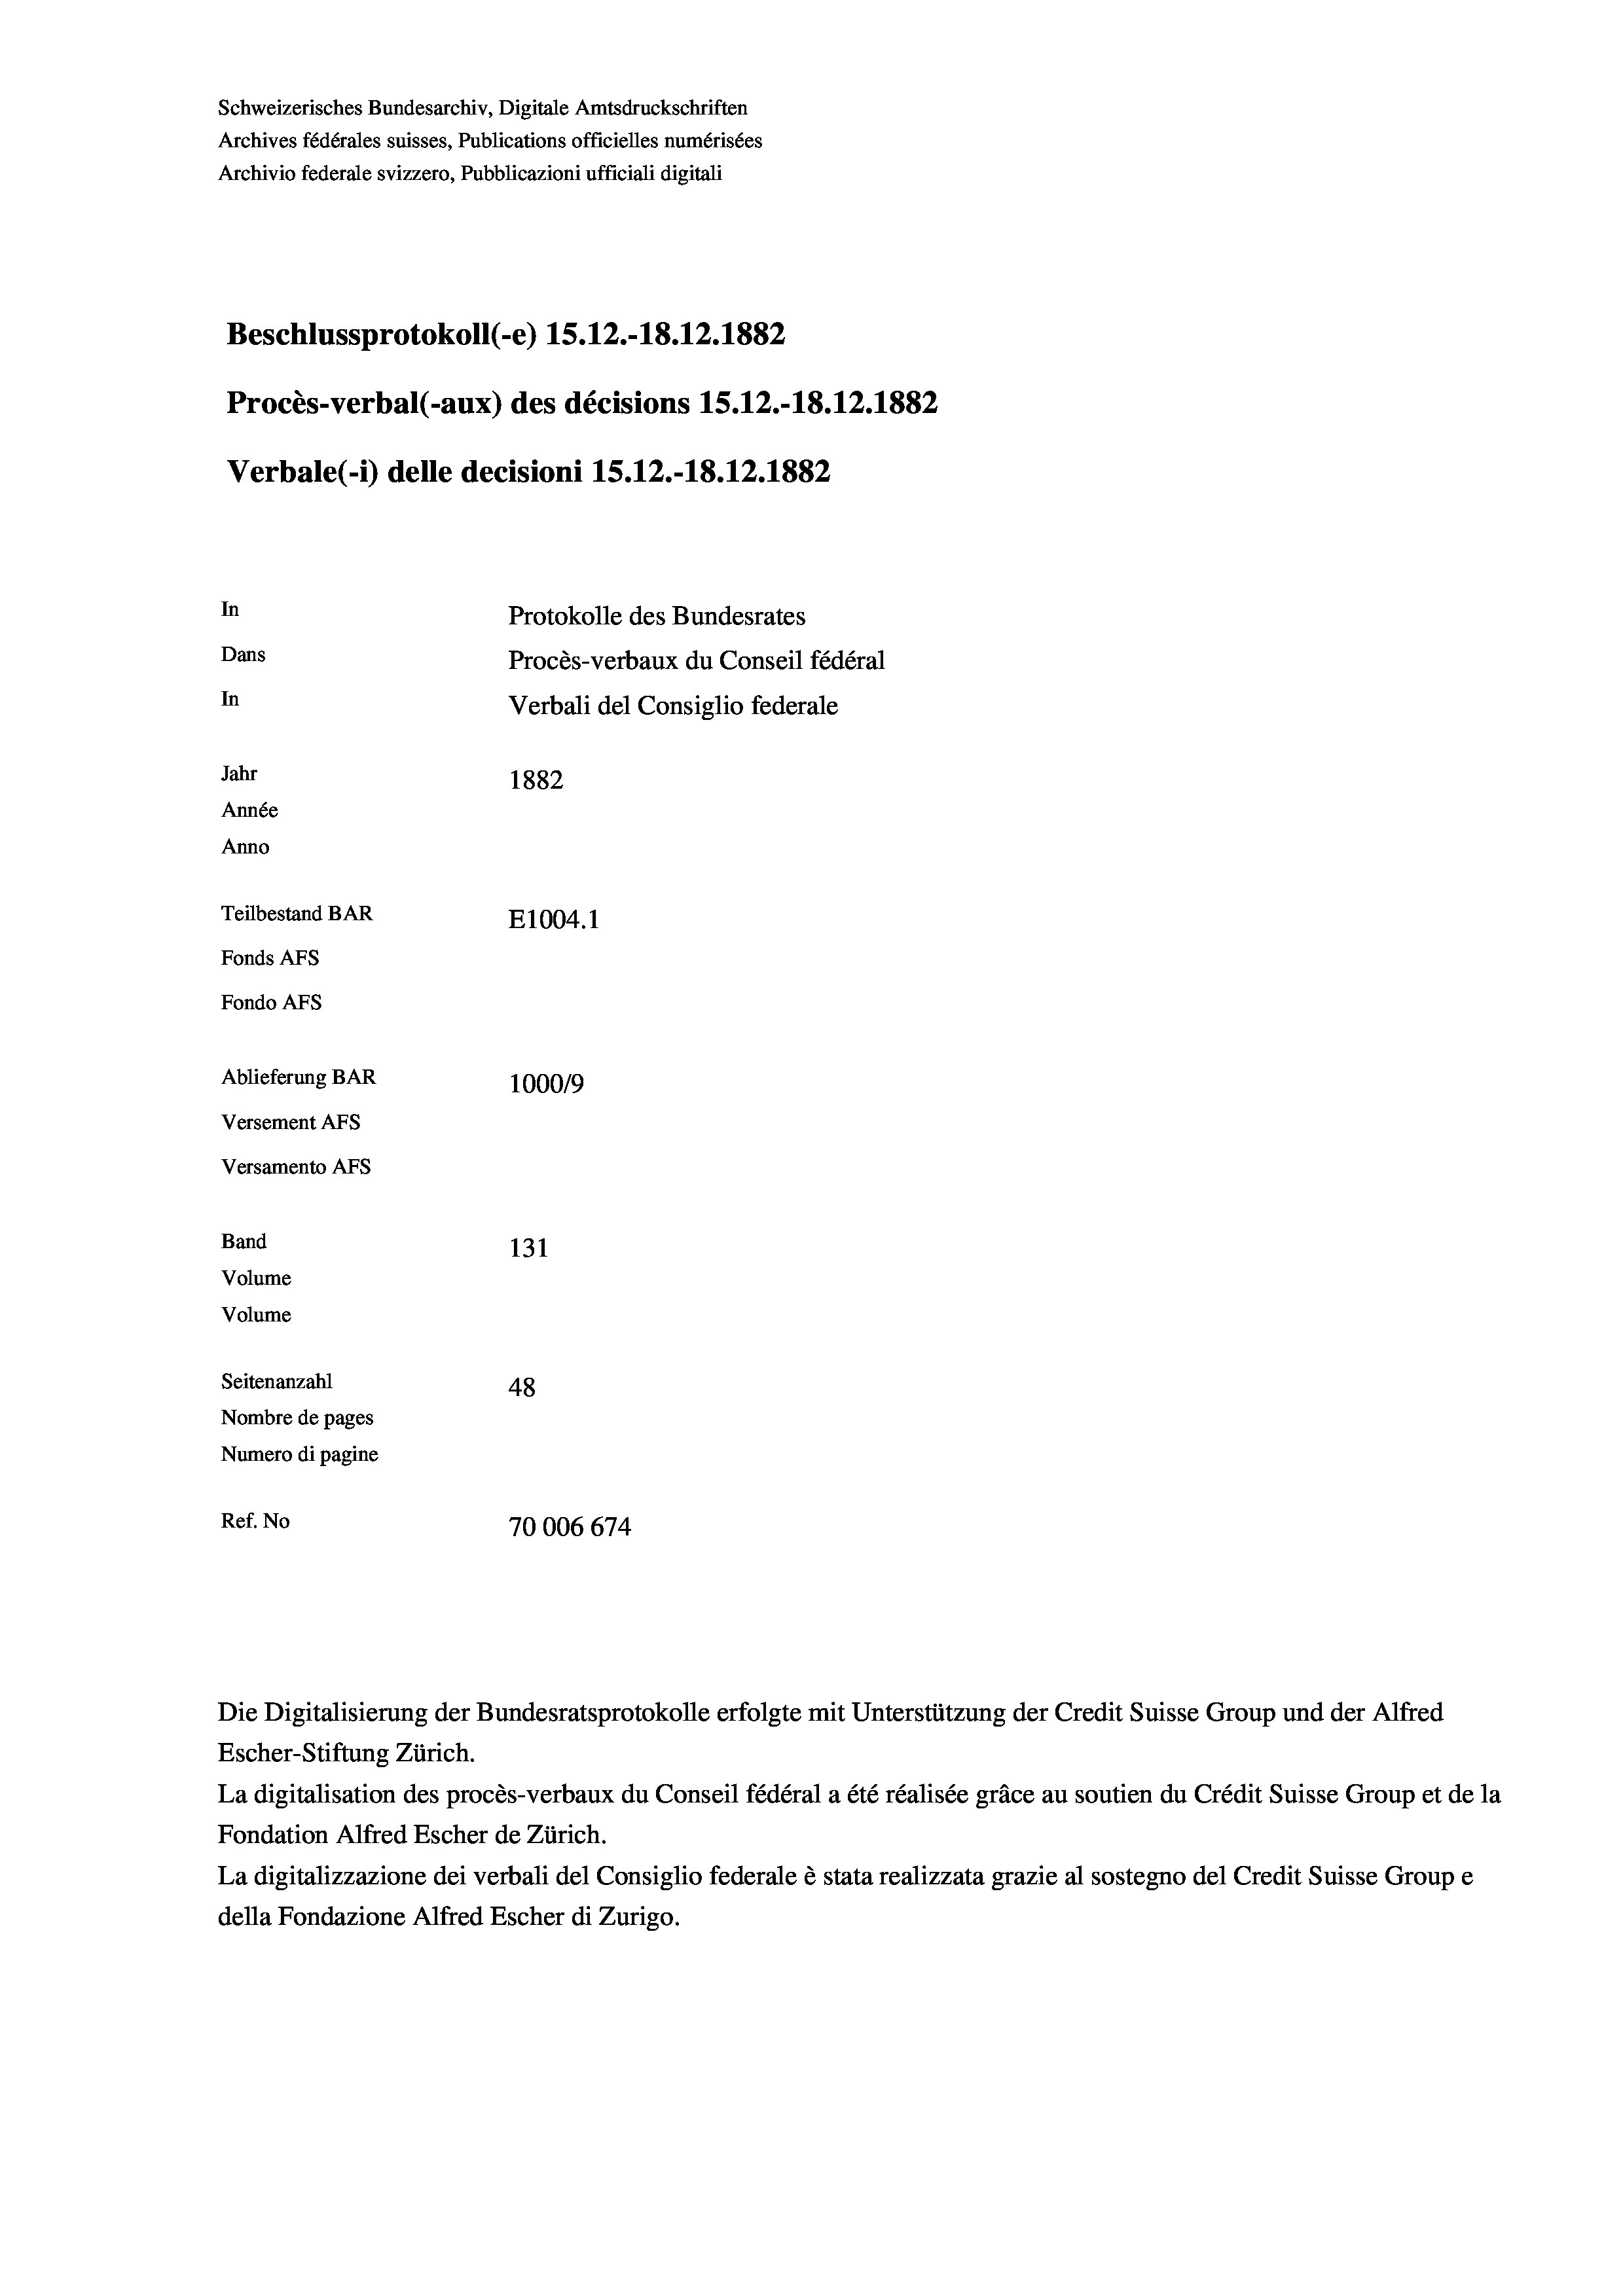
Schweizerisches Bundesarchiv, Digitale Amtsdruckschriften
Archives fédérales suisses, Publications officielles numérisées
Archivio federale svizzero, Pubblicazioni ufficiali digitali
Beschlussprotokoll (-e) 15. 12.-18.12.1882
Procès-verbal (-aux) des décisions 15.12.-18.12.1882
Verbale(- 1) delle decisioni 1S.12.-18. 12. 1882
In
Protokolle des Bundesrates
Dans
Procès-verbaux du Conseil fédéral
In
Verbali del Consiglio federale
Jahr
1882
Année
Anno
Teilbestand BAR
E1004. 1
Fonds AFs
Fondo AFS
Ablieferung BAR
100019
Versement AFs
Versamento Afs
Band
131
Volume
Volume
Seitenanzahl
48
Nombre de pages
Numero di pagine
Ref. No
70006 674

Die Digitalisierung der Bundesratsprotokolle erfolgte mit Unterstützung der Credit Suisse Group und der Alfred
Escher-Stiftung Zürich.
La digitalisation des procès-verbaux du Conseil fédéral a été réalisée gräce au soutien du Crédit Suisse Group et de la
Fondation Alfred Escher de Zürich.
La digitalizzazione dei verbali del Consiglio federale è stata realizzata grazie al sostegno del Credit Suisse Groupe
della Fondazione Alfred Escher di Zurigo.